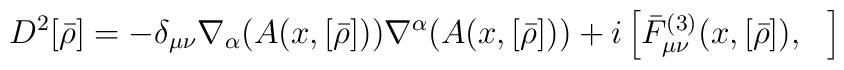
D^2[\bar\rho] = - \delta_{\mu\nu} \nabla_\alpha (A(x,[\bar\rho]))\nabla^\alpha (A(x,[\bar\rho])) + i \left[{\bar F}^{(3)}_{\mu\nu}(x,[\bar\rho]),~~\right]